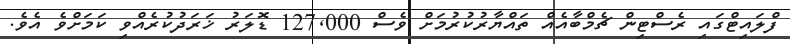
ފްލައިޓްގައި ރެސްޓިން ޗެމްބާއެއް ތައްޔާރުކުރުމަށް ވެސް 127